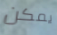
يمكن